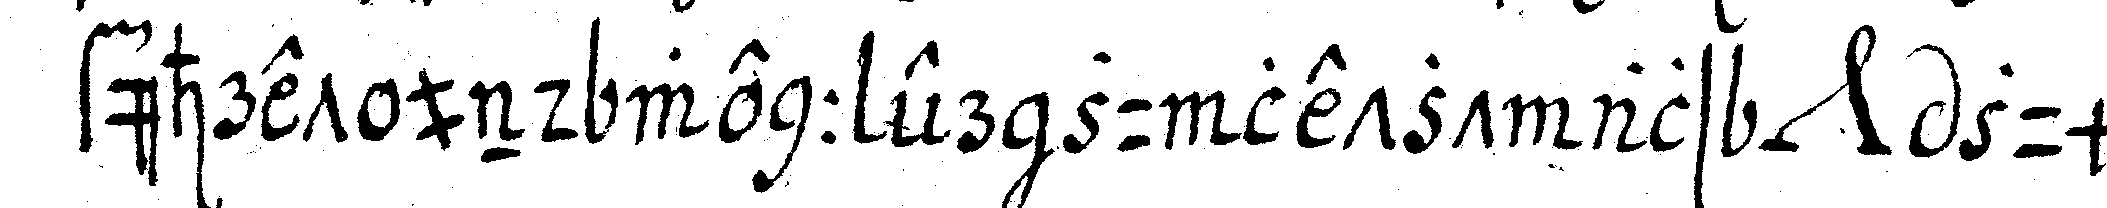
führet und wenn er zu letzt als *nee* zum